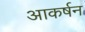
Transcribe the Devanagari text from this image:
आकर्षन